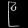
Digit: ၉